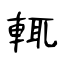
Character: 輒